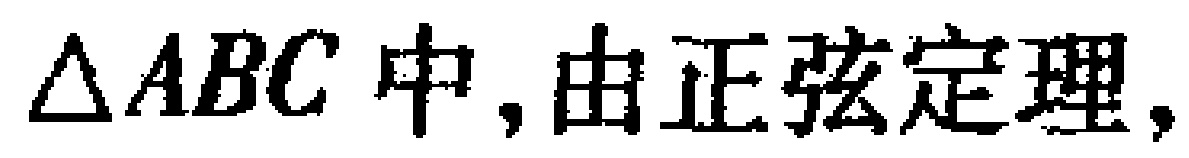
$\triangle ABC$中,由正弦定理,